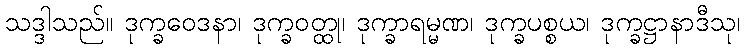
သဒ္ဒါသည်။ ဒုက္ခဝေဒနာ၊ ဒုက္ခဝတ္ထု၊ ဒုက္ခာရမ္မဏ၊ ဒုက္ခပစ္စယ၊ ဒုက္ခဋ္ဌာနာဒီသု၊